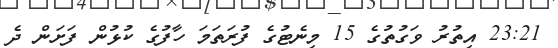
23:21 އިތުރު ވަގުތުގެ 15 މިނެޓުގެ ފުރަތަމަ ހާފުގެ ކުޅުން ފަށަން ދެ